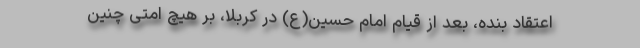
اعتقاد بنده، بعد از قیام امام حسین(ع) در کربلا، بر هیچ امتی چنین